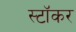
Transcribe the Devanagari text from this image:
स्टॉकर